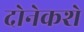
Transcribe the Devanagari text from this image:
दोनेकशे